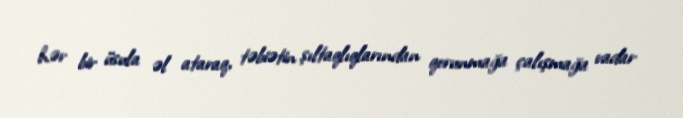
hər bir üsula əl ataraq, təbiətin şıltaqlıqlarından qorunmağa çalışmağa vadar